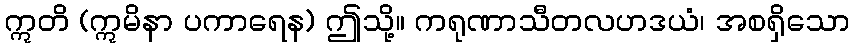
ဣတိ (ဣမိနာ ပကာရေန) ဤသို့။ ကရုဏာသီတလဟဒယံ၊ အစရှိသော